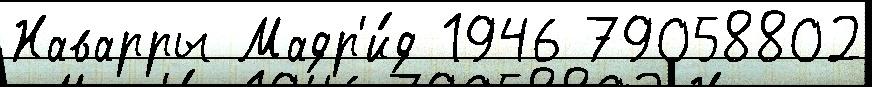
Наварры Мадр'и́д 1946 79058802